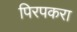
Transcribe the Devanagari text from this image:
पिरपकरा